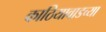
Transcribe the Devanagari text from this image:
काठियावाडच्या